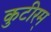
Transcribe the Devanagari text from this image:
कुटीरम्